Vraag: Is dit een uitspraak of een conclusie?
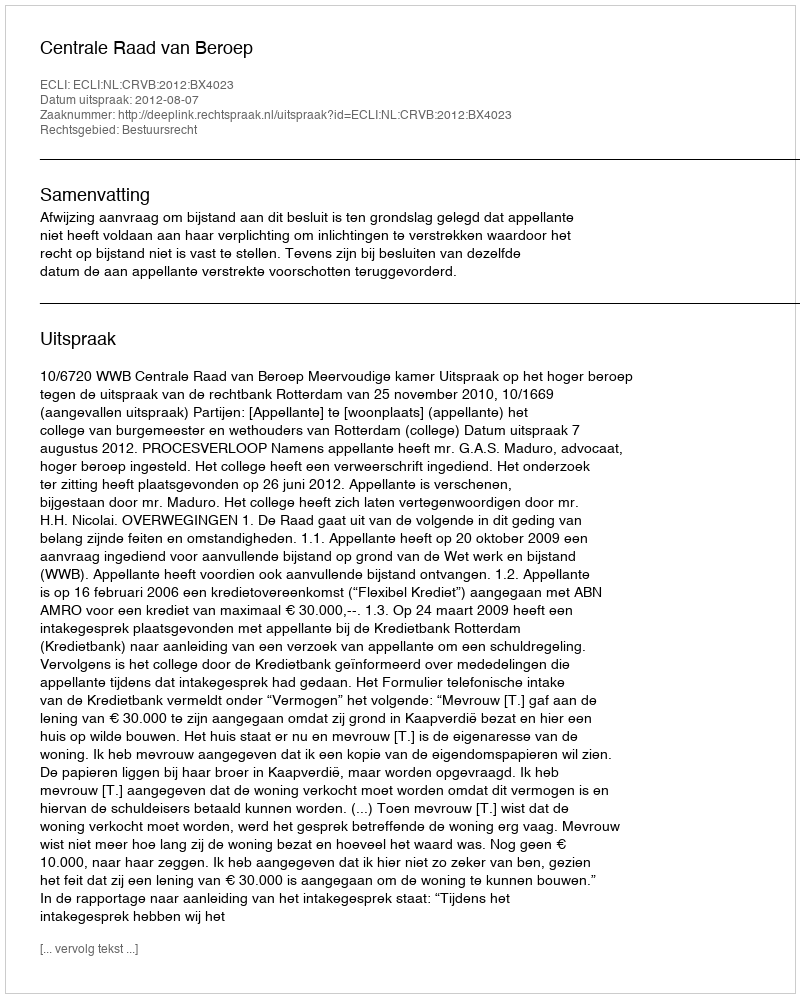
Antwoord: Uitspraak